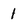
Character: 1